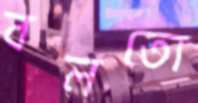
বলতো